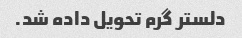
دلستر گرم تحویل داده شد.